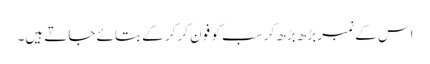
اس کے نمبر بڑھ بڑھ کر سب کو فون کر کر کے بتائے جاتے ہیں۔